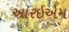
આરઇએમ